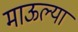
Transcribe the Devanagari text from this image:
माऊल्या